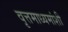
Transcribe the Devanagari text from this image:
वृत्तमाध्यमांशी